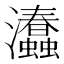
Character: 𤅧